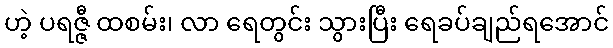
ဟဲ့ ပရဇ္ဇီ ထစမ်း၊ လာ ရေတွင်း သွားပြီး ရေခပ်ချည်ရအောင်